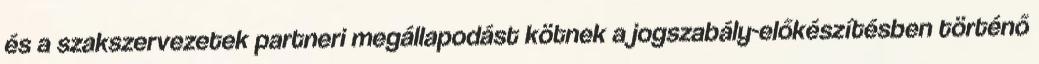
és a szakszervezetek partneri megállapodást kötnek a jogszabály-előkészítésben történő